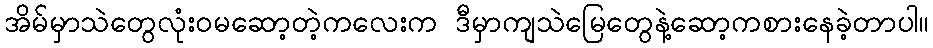
အိမ်မှာသဲတွေလုံးဝမဆော့တဲ့ကလေးက ဒီမှာကျသဲမြေတွေနဲ့ဆော့ကစားနေခဲ့တာပါ။